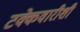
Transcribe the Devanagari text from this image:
टक्केवारीशी